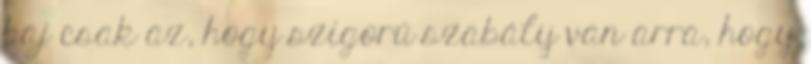
baj csak az, hogy szigorú szabály van arra, hogy